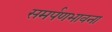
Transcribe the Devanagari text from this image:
समर्पणभावना